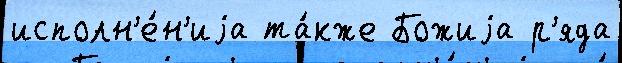
исполн'е́н'иjа та́кже Божиjа р'яда